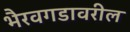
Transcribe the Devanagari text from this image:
भैरवगडावरील